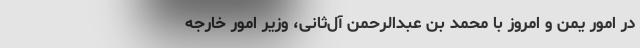
در امور یمن و امروز با محمد بن عبدالرحمن آل‌ثانی، وزیر امور خارجه